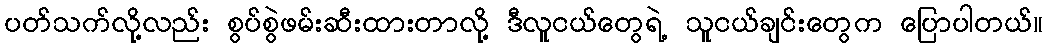
ပတ်သက်လို့လည်း စွပ်စွဲဖမ်းဆီးထားတာလို့ ဒီလူငယ်တွေရဲ့ သူငယ်ချင်းတွေက ပြောပါတယ်။